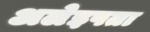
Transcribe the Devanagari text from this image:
अलेइपता